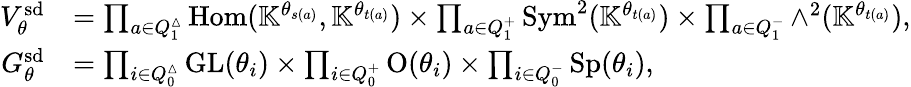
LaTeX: \begin{array}{rl}{V_{\theta}^{\smash{\mathrm{sd}}}}&{=\prod_{a\in Q_{1}^{\mathbin{\vartriangle}}}\mathrm{Hom}(\mathbb{K}^{\theta_{s(a)}},\mathbb{K}^{\theta_{t(a)}})\times\prod_{a\in Q_{1}^{+}}\operatorname{Sym}^{2}(\mathbb{K}^{\theta_{t(a)}})\times\prod_{a\in Q_{1}^{-}}{\wedge}^{2}(\mathbb{K}^{\theta_{t(a)}}),}\\ {G_{\theta}^{\smash{\mathrm{sd}}}}&{=\prod_{i\in Q_{0}^{\mathbin{\vartriangle}}}\mathrm{GL}(\theta_{i})\times\prod_{i\in Q_{0}^{+}}\mathrm{O}(\theta_{i})\times\prod_{i\in Q_{0}^{-}}\mathrm{Sp}(\theta_{i}),}\end{array}